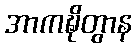
အာကဍ္ဎိတွာန